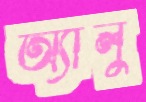
অ্যালু